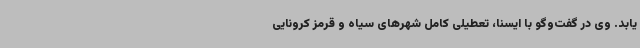
یابد. وی در گفت‌وگو با ایسنا، تعطیلی کامل شهرهای سیاه و قرمز کرونایی